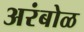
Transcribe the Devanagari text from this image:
अरंबोळ